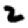
Digit: 2